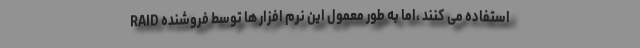
RAID استفاده می کنند ،اما به طور معمول این نرم افزار ها توسط فروشنده